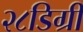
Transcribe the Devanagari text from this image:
२८डिग्री